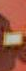
-